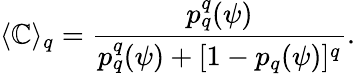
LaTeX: \langle\mathbb{C}\rangle_{q}=\frac{{p_{q}^{q}(\psi)}}{{p_{q}^{q}(\psi)+[1-p_{q}(\psi)]^{q}}}.